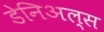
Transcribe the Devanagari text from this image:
डेनिअल्स